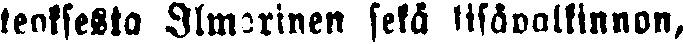
teoksesta Ilmarinen sekä lisäpalkinnon,